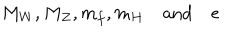
LaTeX: M _ { W } , M _ { Z } , m _ { f } , m _ { H } \quad \mathrm { a n d } \quad e